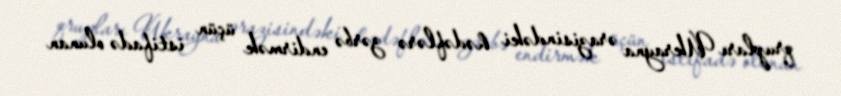
qrupları Ukrayna ərazisindəki hədəflərə zərbə endirmək üçün istifadə olunan